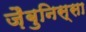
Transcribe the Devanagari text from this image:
ज़ैबुनिस्सा